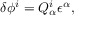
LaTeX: \delta \phi ^ { i } = Q _ { \alpha } ^ { i } \epsilon ^ { \alpha } ,